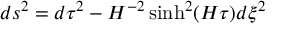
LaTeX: d s ^ { 2 } = d \tau ^ { 2 } - H ^ { - 2 } \sinh ^ { 2 } ( H \tau ) d \xi ^ { 2 }